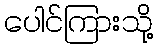
ပေါင်ကြားသို့